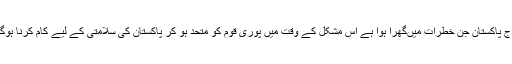
ا ٓج پاکستان جن خطرات میںگھرا ہوا ہے اس مشکل کے وقت میں پوری قوم کو متحد ہو کر پاکستان کی سلامتی کے لیے کام کرنا ہوگا۔